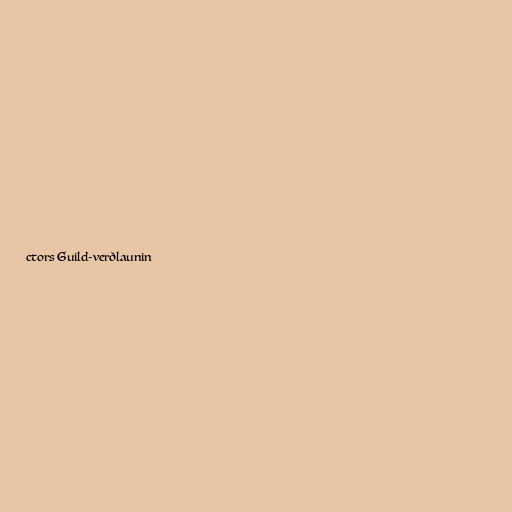
ctors Guild-verðlaunin